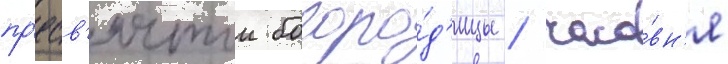
пр'есв'ятои богоро́д'ицы / часо́вн'я